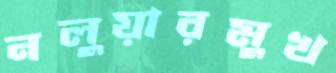
নলুয়ারমুখ